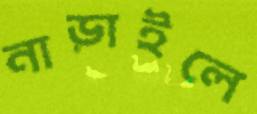
নাড়াইলে